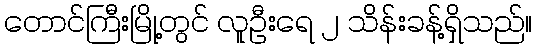
တောင်ကြီးမြို့တွင် လူဦးရေ ၂ သိန်းခန့်ရှိသည်။